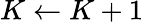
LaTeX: K\gets K+1